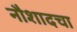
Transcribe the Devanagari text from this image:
नौशादचा